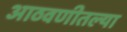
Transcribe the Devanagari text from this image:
आठवणीतल्या